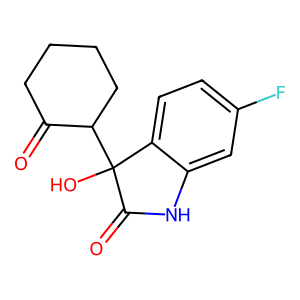
SMILES: O=C1CCCCC1C1(O)C(=O)Nc2cc(F)ccc21
Inhibits HIV replication: No